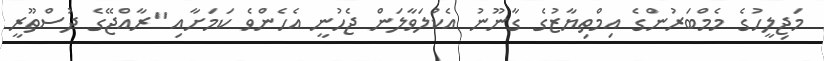
މަޖިލީހުގެ މެމްބަރުންގެ އިމްތިޔާޒުގެ ގާނޫނު އެކުލަވާލަން ޖެހުނީ އެހެންވެ ކަމަށާއި "ރާއްޖޭގެ ދުސްތޫރީ